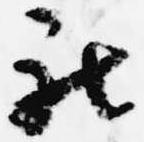
被